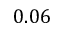
0 . 0 6